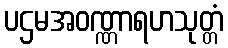
ပဌမအဝဏ္ဏာရဟသုတ္တံ